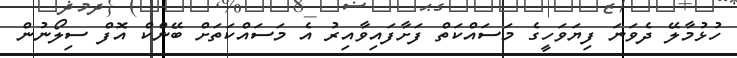
ހުޅުމާލޭ ދެވަނަ ފިޔަވަހީގެ މަސައްކަތް ފަށާފައިވާއިރު އެ މަސައްކަތަށް ބޭންކް އޮފް ސިލޯނުން